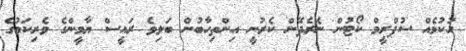
ހުކުމެއް ސުޕްރީމް ކޯޓުން ނެރެދޭން ކެރުނީ އިންތިހާބުން ބަލިވެ ރައީސް ޔާމީންގެ ވެރިކަމުގެ